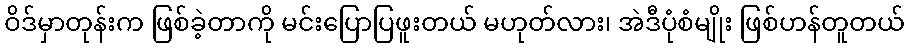
ဝိဒ်မှာတုန်းက ဖြစ်ခဲ့တာကို မင်းပြောပြဖူးတယ် မဟုတ်လား၊ အဲဒီပုံစံမျိုး ဖြစ်ဟန်တူတယ်